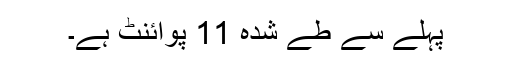
پہلے سے طے شدہ 11 پوائنٹ ہے۔